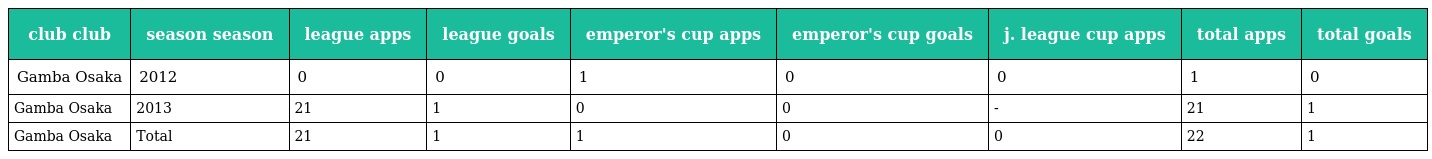
| club club | season season | league apps | league goals | emperor's cup apps | emperor's cup goals | j. league cup apps | total apps | total goals |
 | --- | --- | --- | --- | --- | --- | --- | --- | --- |
 | Gamba Osaka | 2012 | 0 | 0 | 1 | 0 | 0 | 1 | 0 |
 | Gamba Osaka | 2013 | 21 | 1 | 0 | 0 | - | 21 | 1 |
 | Gamba Osaka | Total | 21 | 1 | 1 | 0 | 0 | 22 | 1 |